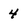
Character: 4